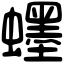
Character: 䘃